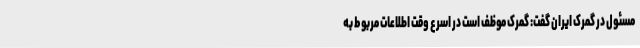
مسئول در گمرک ایران گفت: گمرک موظف است در اسرع وقت اطلاعات مربوط به